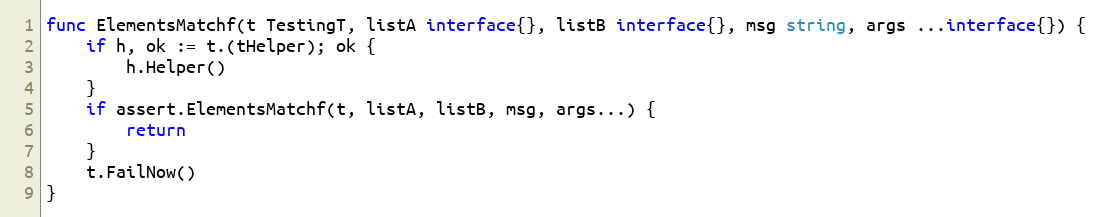
Language: Go
func ElementsMatchf(t TestingT, listA interface{}, listB interface{}, msg string, args ...interface{}) {
	if h, ok := t.(tHelper); ok {
		h.Helper()
	}
	if assert.ElementsMatchf(t, listA, listB, msg, args...) {
		return
	}
	t.FailNow()
}